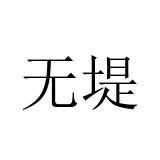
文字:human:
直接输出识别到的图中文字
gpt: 无堤